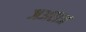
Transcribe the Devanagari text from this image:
जअराअ